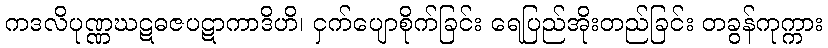
ကဒလိပုဏ္ဏဃဋဓဇပဋာကာဒိဟိ၊ ငှက်ပျောစိုက်ခြင်း ရေပြည်အိုးတည်ခြင်း တခွန်ကုက္ကား